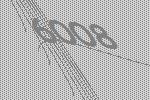
6008